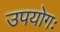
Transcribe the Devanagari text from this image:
उपयोगः